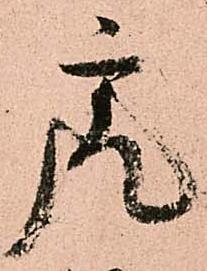
虎